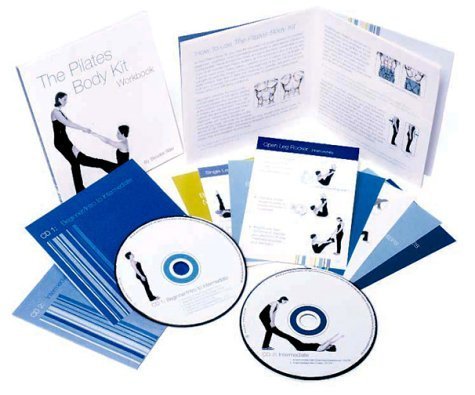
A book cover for The Pilates Body Kit: An Interactive Fitness Program to Strengthen, Streamline, and Tone (includes 2 audio cds, flash cards & workbook); Brooke Siler; Health, Fitness & Dieting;